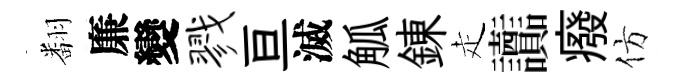
翻廉變戮亘滅觚錬走讟癈仿